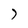
Character: 7